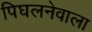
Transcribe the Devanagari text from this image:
पिघलनेवाला